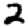
Digit: 2